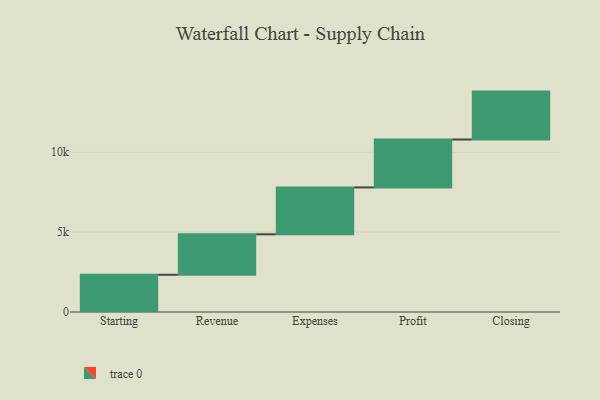
{"axis": {"x": "Step", "y": "Value"}, "legend": [""], "data": [{"x": "Starting", "y": 2331.0, "type": ""}, {"x": "Revenue", "y": 2533.0, "type": ""}, {"x": "Expenses", "y": 2936.0, "type": ""}, {"x": "Profit", "y": 3000, "type": ""}, {"x": "Closing", "y": 3000, "type": ""}]}